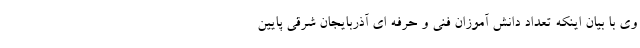
وی با بیان اینکه تعداد دانش آموزان فنی و حرفه ای آذربایجان شرقی پایین